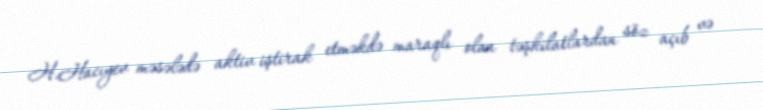
H.Hacıyev məsələdə aktiv iştirak etməkdə maraqlı olan təşkilatlardan söz açıb və